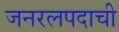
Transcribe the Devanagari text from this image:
जनरलपदाची